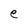
Character: e